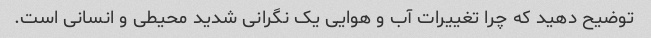
توضیح دهید که چرا تغییرات آب و هوایی یک نگرانی شدید محیطی و انسانی است.